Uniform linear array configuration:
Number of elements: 4
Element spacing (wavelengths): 0.5
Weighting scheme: kaiser
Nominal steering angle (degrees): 15
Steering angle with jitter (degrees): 16.381
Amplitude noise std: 0.05
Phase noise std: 0.05

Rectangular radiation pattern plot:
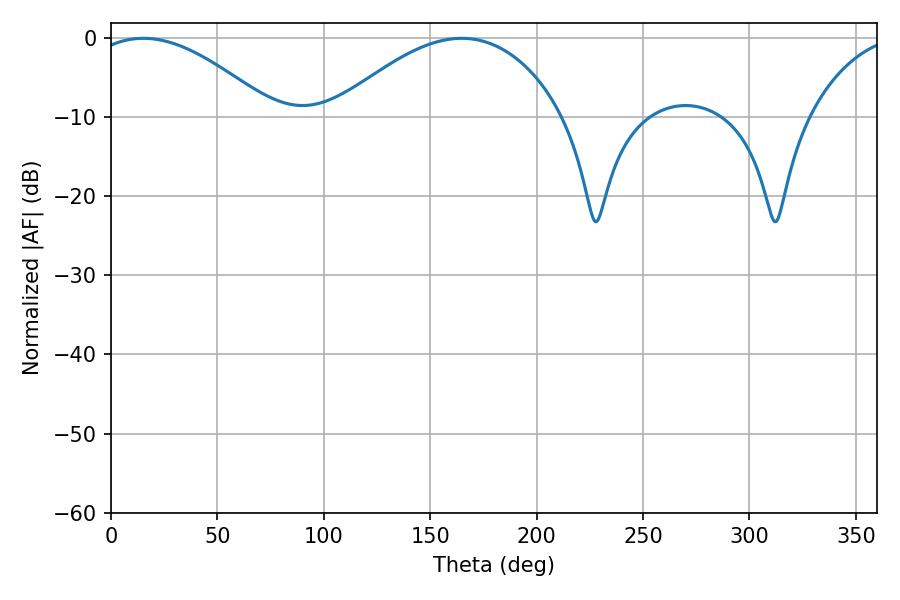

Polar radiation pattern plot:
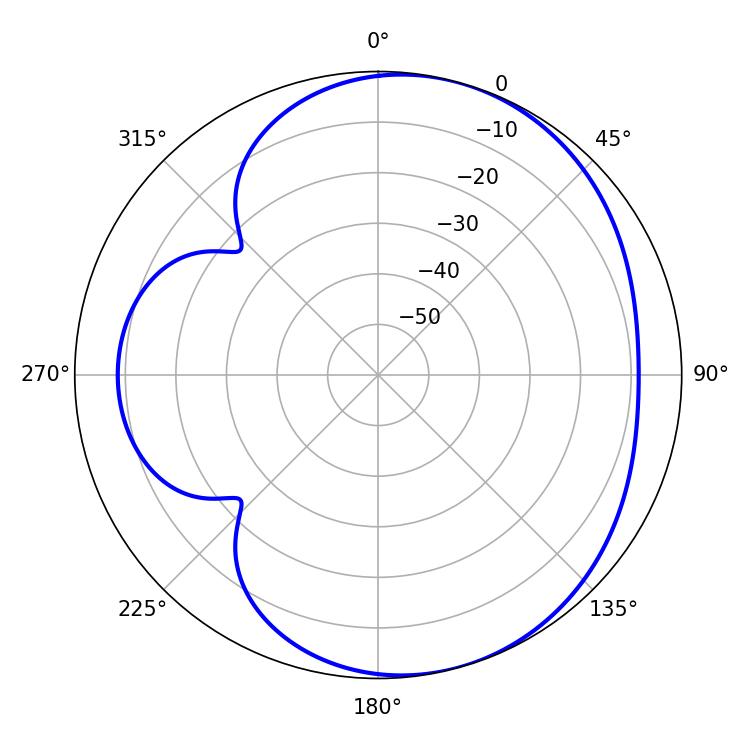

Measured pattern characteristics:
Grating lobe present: FALSE
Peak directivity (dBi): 5.053
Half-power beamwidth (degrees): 47.52
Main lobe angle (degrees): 15.3